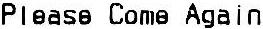
PLEASE COME AGAIN